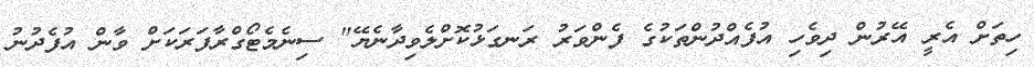
ހިތަށް އެރީ އޭރުން ދިވެހި އުފެއްދުންތަކުގެ ފެންވަރު ރަނގަޅުކޮށްލެވިދާނެޔޭ" ސިނެމެޓޯގްރާފަރަކަށް ވާން އުފެދުނު